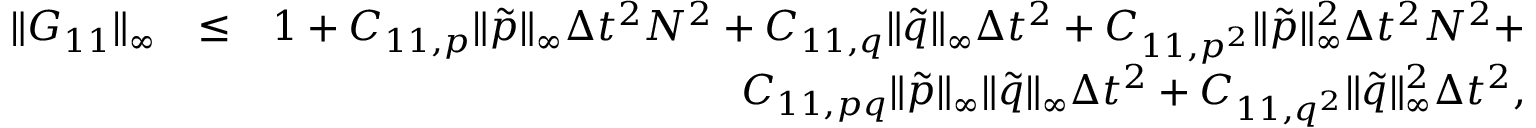
\begin{array} { r l r } { \| G _ { 1 1 } \| _ { \infty } } & { \leq } & { 1 + C _ { 1 1 , p } \| \tilde { p } \| _ { \infty } \Delta t ^ { 2 } N ^ { 2 } + C _ { 1 1 , q } \| \tilde { q } \| _ { \infty } \Delta t ^ { 2 } + C _ { 1 1 , p ^ { 2 } } \| \tilde { p } \| _ { \infty } ^ { 2 } \Delta t ^ { 2 } N ^ { 2 } + } \\ & { } & { C _ { 1 1 , p q } \| \tilde { p } \| _ { \infty } \| \tilde { q } \| _ { \infty } \Delta t ^ { 2 } + C _ { 1 1 , q ^ { 2 } } \| \tilde { q } \| _ { \infty } ^ { 2 } \Delta t ^ { 2 } , } \end{array}